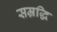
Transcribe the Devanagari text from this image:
सम्रद्धि